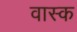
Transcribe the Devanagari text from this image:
वास्क